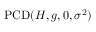
\operatorname { P C D } ( H , g , 0 , \sigma ^ { 2 } )